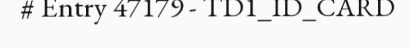
# Entry 47179 - TD1_ID_CARD